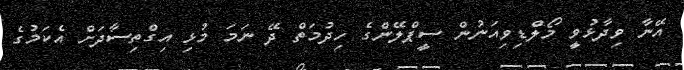
އޭނާ ވިދާޅުވީ މޯލްޑިވިއަނުން ސީޕްލޭންގެ ހިދުމަތް ދޭ ނަމަ މުޅި އިގްތިސާދަށް އެކަމުގެ